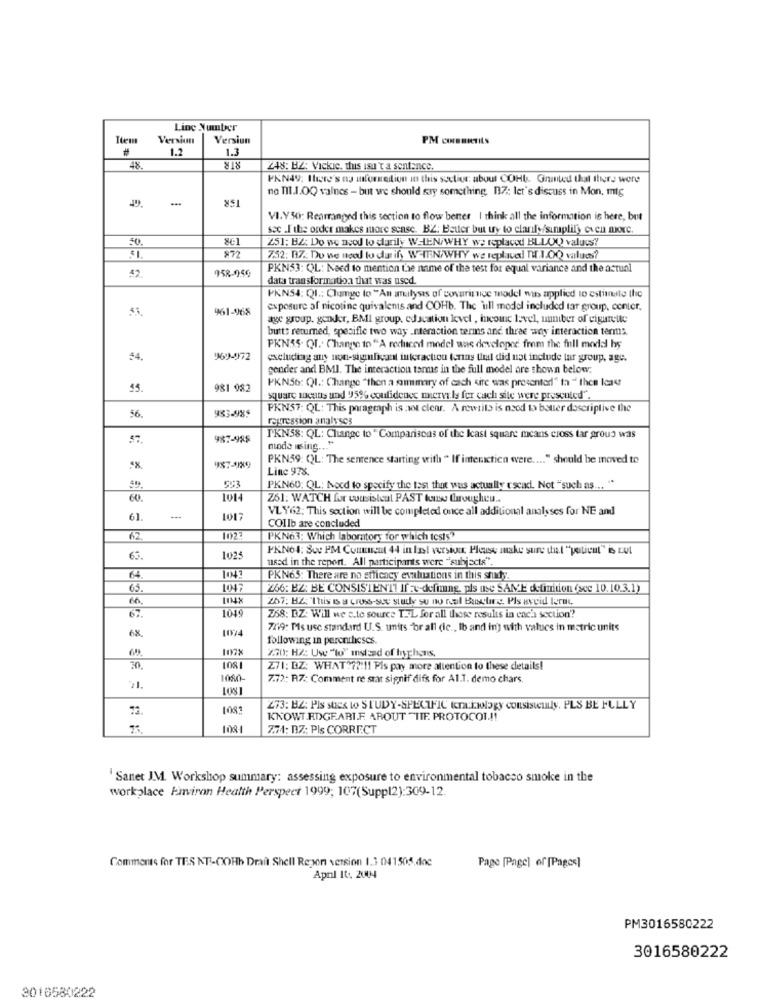
Line Number
Tten
Version
Versiun
PM CIBERTILS
1.2
1.3
STR
48.
248: HZ: Vickie, this isu't a sentence.
PKN49; Ihere's as information in this section: about COHb. Ginated that there were
no TIL.1.OQ valnes - but we should sry something. 17: let's discuss in Mon, mig
VI.Y.5): Rearranged this section to flow better I think all the information is here, but
sec .I the order makes more sense. BZ: Better but ty to clanly/simplify con noxc.
50
251: BZ; Do we need to carily WHEN/WHY we replaced BLLOQ values?
872
752: 37. Do we need to da ify W-IFN/WHY we replaced n 1.00 values?
PKN53: QL: Need to mention the name of the test for equal variance and the actual
42.
958-959
data transformation that was used.
PKNS4; QI .; Chamge to "An analysis of covarinice model wib applied to estiinte the
53
961-968
exposure of nicotine quivalems and COHb. The "ull model included tar group, center.
age group, gender, BMI group, education level , incomic level, unniber of cigarette
butt: returned, spesifle two way _nteraction terms and three way interaction terms.
PKN55. QI. Change to "A reduced model was developed from the full model by
54
969-972
excluding any non-significant interaction funny that did not include lar group, age.
gender and BMI. The interaction tarms in the full model are shown below;
PKN56: QI .: Change "then a summary of each sire was presented" ta " then least
981 982
square means und 5% confidence mirve ls fer cach site were presented".
983-985
PKN57: QL: This paragraph is:not clear. A rewrita is nood to batter descriptive the
56.
regression analyses
57.
987-988
TKN58: QL: Change to " Comparisons of the least square means cross tar proud was
mode using ... "
PKN59: Q)L: The sentence starting with " If interctica were .... " should be moved to
987-89
Line 978.
593
PKN60; QL; Nocd to specify the test that was actually scad. Not "such as ... "
60.
1014
Z61: WATCH for wasistcul PAST kunse througheu ..
2101
VLY62; This section will be completed once all additional analyses for NE and
61.
COIlb are concluded
1027
PKN63: Which laboratory for which tests">
PKN64; Swe PM Comment 44 in Inol version: Please make sure the l "patient" is tut
63.
1025
used in the report. All participants were "subjects".
64.
PKN65: There are no efficacy evaluations in this shuty.
65.
266: BZ: BE CONSISTENTI If:c-defining, pls use SAME definition (scc 10.10.3.1)
66.
267: HZ: "This is a cross-sue study su no real Busture, Pls aveid lerne,
1049
67.
Z68: DZ: Will we s.te source TIL for all these results in each section'?
1074
7719: Ms use standard U.S. units "br all die ., Ib and in) with values in matric units
following in parentheses.
2.30: HZ: Use "to" instead of hyphens.
30.
1081
Z71: DZ: WHAT?72:11 Pls pay more attention to these details!
1050
7.72; R7: Comment re stat signif difs for Al.T. demo chars.
71.
108
273: BZ: Pis stick to STUDY-SPECIFIC ten:kwlagy consistently, PLS BE FULLY
KNOWT EDGE.ARI.F. AROUT "TIE. PROTOCOL .!!
1081
Z74: 17: PIs CORRECT
'Sanet J.M. Workshop summary: assessing exposure to environmental tobacco smoke in the
workplace Environ Health Perspect 1999; 107(Suppl2):309-12.
Comments for TES NT .- COHb Drait Shell Repon version 1.3 041505.doc
Pago [Page] of [Pages]
April 10. 2004
PM3016580222
3016580222
3016580222